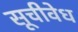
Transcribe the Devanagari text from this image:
सूचीवेध